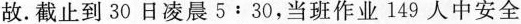
故。截止到30日凌晨5:30，当班作业149人中安全